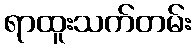
ရာထူးသက်တမ်း